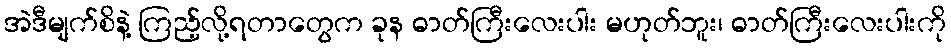
အဲဒီမျက်စိနဲ့ ကြည့်လို့ရတာတွေက ခုန ဓာတ်ကြီးလေးပါး မဟုတ်ဘူး၊ ဓာတ်ကြီးလေးပါးကို